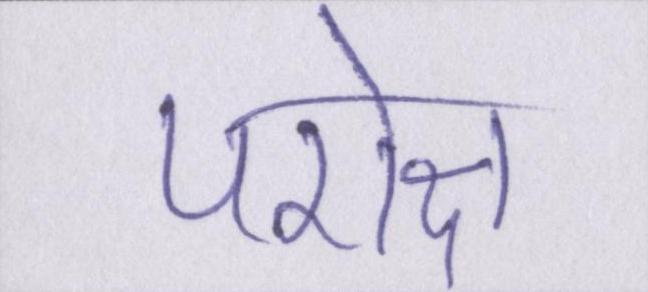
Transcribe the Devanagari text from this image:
परोक्ष